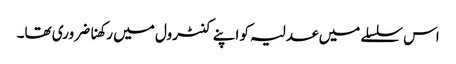
اس سلسلے میں عدلیہ کو اپنے کنٹرول میں رکھنا ضروری تھا۔